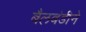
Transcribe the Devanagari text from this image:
बैलबंडीने